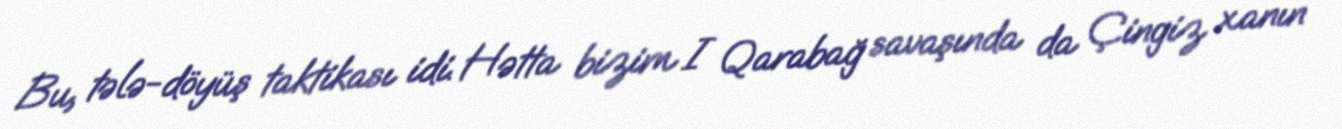
Bu, tələ-döyüş taktikası idi. Hətta bizim I Qarabağ savaşında da Çingiz xanın